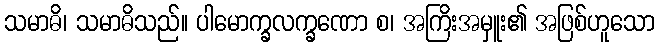
သမာဓိ၊ သမာဓိသည်။ ပါမောက္ခလက္ခဏော စ၊ အကြိးအမှူး၏ အဖြစ်ဟူသော